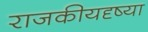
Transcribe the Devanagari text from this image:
राजकीयदृष्या